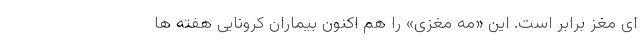
ای مغز برابر است. این «مه مغزی» را هم اکنون بیماران کرونایی هفته ها